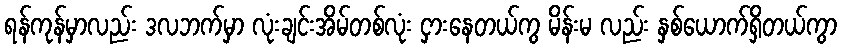
ရန်ကုန်မှာလည်း ဒလဘက်မှာ လုံးချင်းအိမ်တစ်လုံး ငှားနေတယ်ကွ မိန်းမ လည်း နှစ်ယောက်ရှိတယ်ကွာ